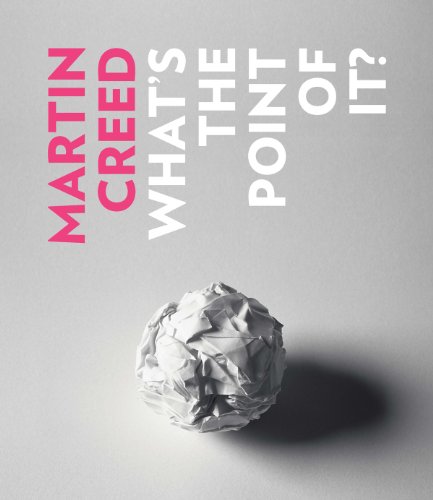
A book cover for Martin Creed: What's the Point of It?; Paul Morley; Arts & Photography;